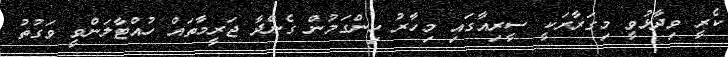
ކެރީ ވިދާޅުވީ މިގަރާރަކީ ސީރިއާގައި މިހާރު ހިންގަމުން ގެންދާ ޖަރީމާތައް ހުއްޓާލަންވީ ވަގުތު